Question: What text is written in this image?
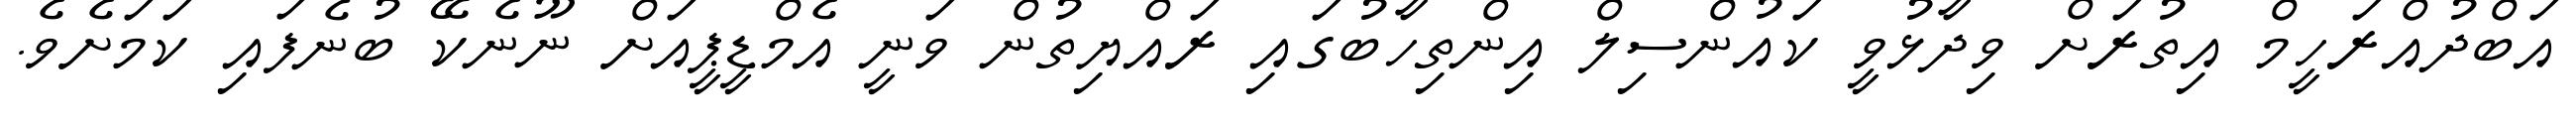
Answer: އަބްދުއްރަހީމް އިތުރަށް ވިދާޅުވީ ކައުންސިލް އިންތިހާބުގައި ރައްޔިތުން ވަނީ އެމްޑީޕީއަށް ނޫނެކޭ ބުނެފައި ކަމަށެވެ.